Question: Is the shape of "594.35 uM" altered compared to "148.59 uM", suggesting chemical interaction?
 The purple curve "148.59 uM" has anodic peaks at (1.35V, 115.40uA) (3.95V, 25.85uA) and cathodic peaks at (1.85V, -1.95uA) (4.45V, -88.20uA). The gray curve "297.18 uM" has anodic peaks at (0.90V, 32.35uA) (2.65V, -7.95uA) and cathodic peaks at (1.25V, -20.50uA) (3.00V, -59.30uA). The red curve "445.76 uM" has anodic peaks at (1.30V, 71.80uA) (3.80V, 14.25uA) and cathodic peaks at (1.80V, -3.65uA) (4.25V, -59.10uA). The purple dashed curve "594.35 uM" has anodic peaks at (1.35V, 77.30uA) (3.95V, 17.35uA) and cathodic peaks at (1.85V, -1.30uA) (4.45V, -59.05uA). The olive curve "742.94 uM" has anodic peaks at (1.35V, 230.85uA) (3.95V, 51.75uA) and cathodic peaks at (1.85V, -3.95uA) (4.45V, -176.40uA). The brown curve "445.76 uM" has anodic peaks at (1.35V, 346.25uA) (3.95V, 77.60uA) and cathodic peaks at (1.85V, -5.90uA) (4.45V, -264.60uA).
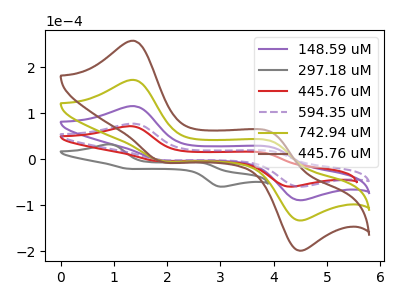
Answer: <think>All the peaks in "594.35 uM" have a peak in "148.59 uM" at the same potential. Every peak in "594.35 uM" is lower than every peak in "148.59 uM".
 </think>
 <answer>No, "594.35 uM" and "148.59 uM" don't appear to be significantly different in shape</answer>
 <eval>no_change</eval>